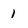
Character: 1